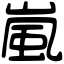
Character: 嵐